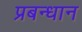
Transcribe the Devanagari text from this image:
प्रबन्धान